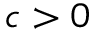
c > 0